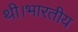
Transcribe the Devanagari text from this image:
थी।भारतीय